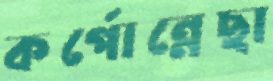
কর্পোন্নেছা